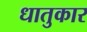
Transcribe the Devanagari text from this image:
धातुकार